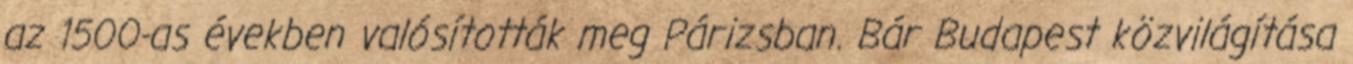
az 1500-as években valósították meg Párizsban. Bár Budapest közvilágítása